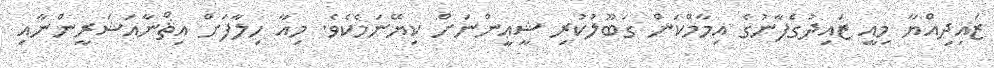
ޒައިދިއްޔާ މިއީ ޒައިދުގެފާނުގެ އިމާމްކަން ގަބޫލުކުރި ޝީޢީންނަށް ކިޔޭނަމެކެވެ. މިއާ ހިލާފަށް އިޘްނާއަޝަރީންނާއި